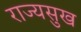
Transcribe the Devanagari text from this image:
राज्यसुख